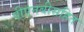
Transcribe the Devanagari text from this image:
पीएनबीसहित